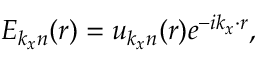
E _ { \boldsymbol { k _ { x } } n } ( \boldsymbol { r } ) = u _ { \boldsymbol { k _ { x } } n } ( \boldsymbol { r } ) e ^ { - i \boldsymbol { k _ { x } } \cdot \boldsymbol { r } } ,